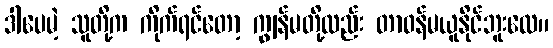
ဒါပေမဲ့ သူတို့က ကိုက်ရင်တော့ ကျွန်မတို့လည်း တာဝန်မယူနိုင်ဘူးလေ။